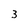
Character: 3